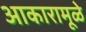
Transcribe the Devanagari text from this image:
आकारामूळे